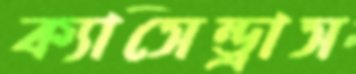
ক্যাসেন্ড্রাস